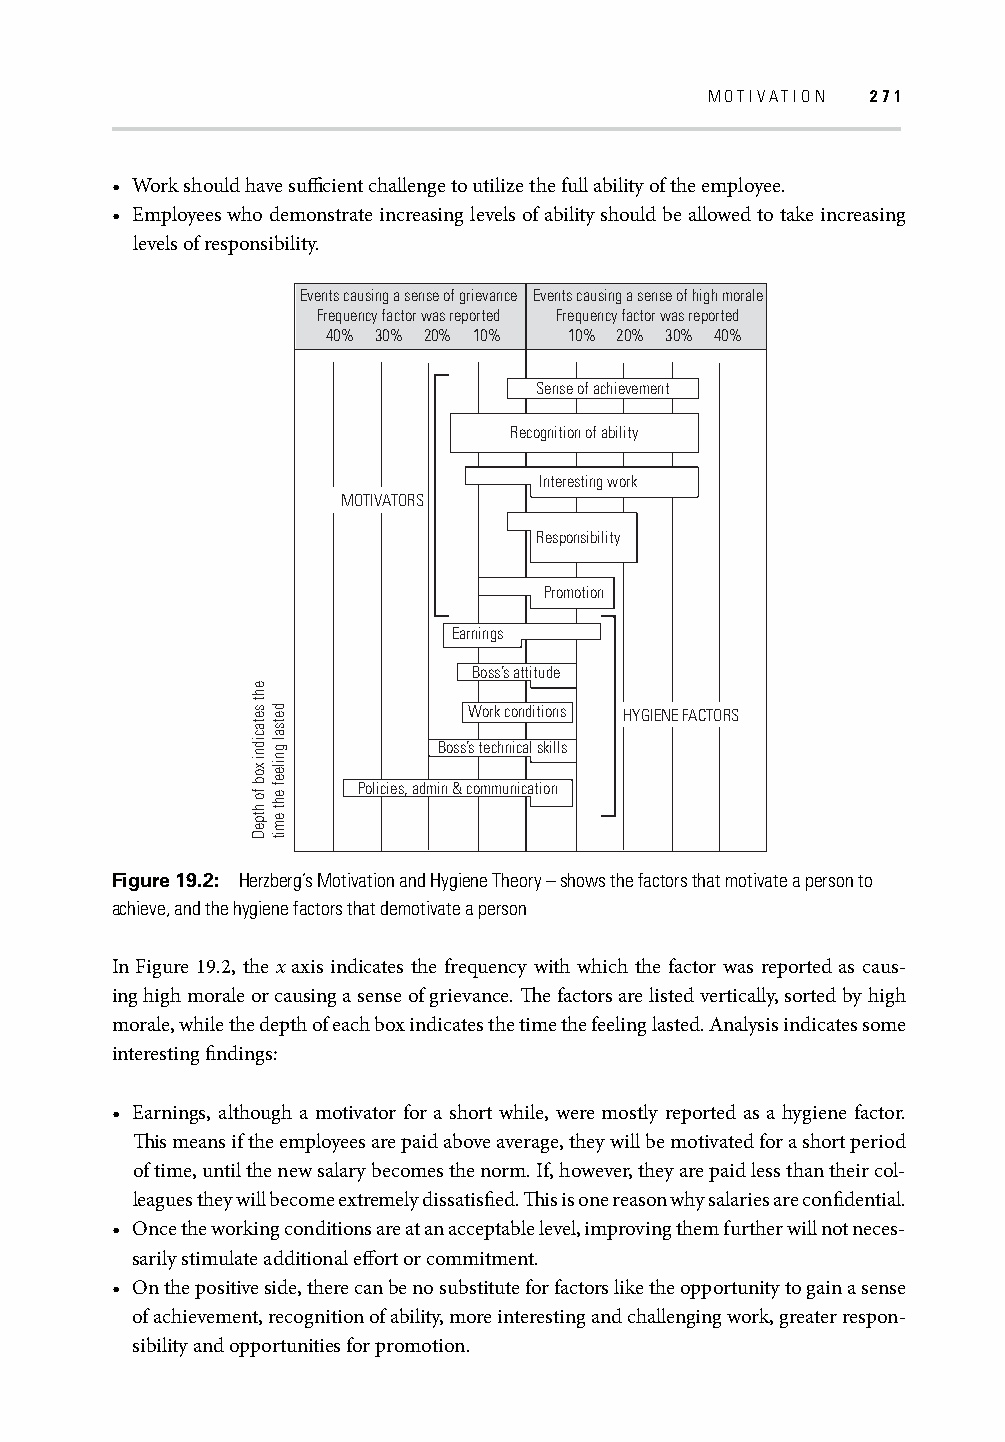
MOTIVATION 271
 • Work should have suffi cient challenge to utilize the full ability of the employee.
 • Employees who demonstrate increasing levels of ability should be allowed to take increasing
 levels of responsibility.
 Events causing a sense of grievance Events causing a sense of high morale
 Frequency factor was reported Frequency factor was reported
 40% 30% 20% 10% 10% 20% 30% 40%
 Sense of achievement
 Recognition of ability
 Interesting work
 MOTIVATORS
 Responsibility
 Promotion
 Earnings
 Boss’s attitude
 Work conditions HYGIENE FACTORS
 Boss’s technical skills
 Policies, admin & communication
 Figure 19.2: Herzberg’s Motivation and Hygiene Theory – shows the factors that motivate a person to
 achieve, and the hygiene factors that demotivate a person
 In Figure 19.2, the x axis indicates the frequency with which the factor was reported as caus-
 ing high morale or causing a sense of grievance. Th e factors are listed vertically, sorted by high
 morale, while the depth of each box indicates the time the feeling lasted. Analysis indicates some
 interesting fi ndings:
 • Earnings, although a motivator for a short while, were mostly reported as a hygiene factor.
 Th is means if the employees are paid above average, they will be motivated for a short period
 of time, until the new salary becomes the norm. If, however, they are paid less than their col-
 leagues they will become extremely dissatisfi ed. Th is is one reason why salaries are confi dential.
 • Once the working conditions are at an acceptable level, improving them further will not neces-
 sarily stimulate additional eff ort or commitment.
 • On the positive side, there can be no substitute for factors like the opportunity to gain a sense
 of achievement, recognition of ability, more interesting and challenging work, greater respon-
 sibility and opportunities for promotion.
 eht
 setacidni
 xob
 fo
 htpeD
 detsal
 gnileef
 eht
 emit